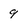
Character: 9